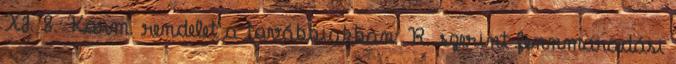
XI. 8. Korm. rendelet a továbbiakban: R. szerint fennmaradási